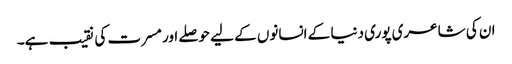
ان کی شاعری پوری دنیا کے انسانوں کے لیے حوصلے اور مسرت کی نقیب ہے۔